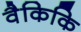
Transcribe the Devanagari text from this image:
वैकिकि